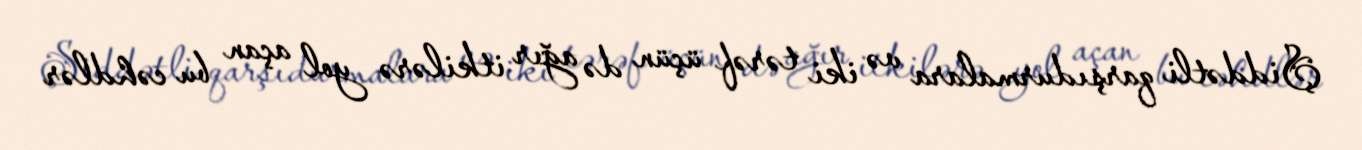
Şiddətli qarşıdurmalara və iki tərəf üçün də ağır itkilərə yol açan bu cəhdlər